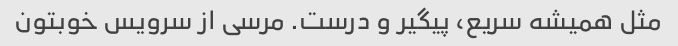
مثل همیشه سریع، پیگیر و درست. مرسی از سرویس خوبتون